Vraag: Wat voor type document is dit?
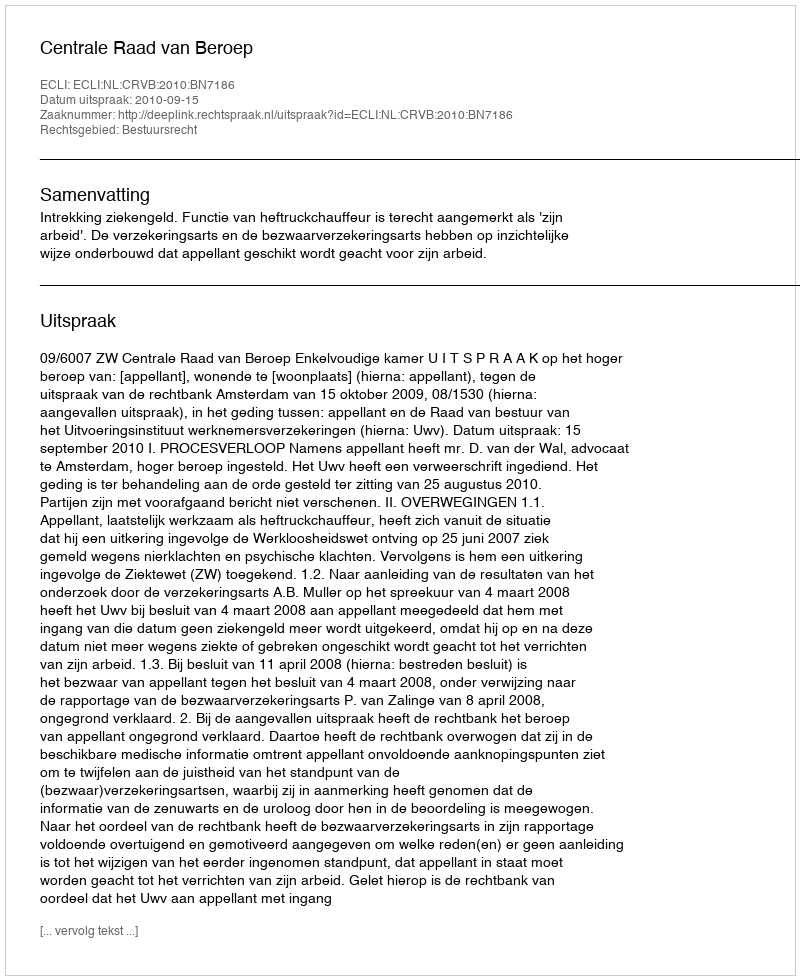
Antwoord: Uitspraak